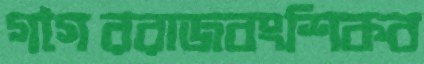
গগৈররাজবংশিকব